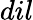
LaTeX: \textit{dil}